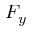
F _ { y }